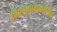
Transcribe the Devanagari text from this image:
मिलापाबाबतीतील